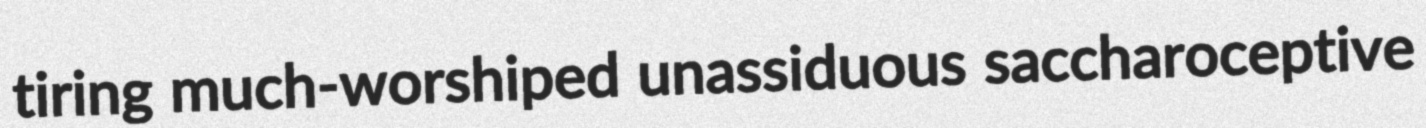
tiring much-worshiped unassiduous saccharoceptive